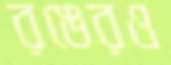
রঙেরও